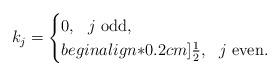
LaTeX: \begin{align*}k_j =\begin{cases}0,\ \ j \ \textup{odd},\\begin{align*}0.2cm]\frac{1}{2},\ \ j\ \textup{even}.\end{cases}\end{align*}